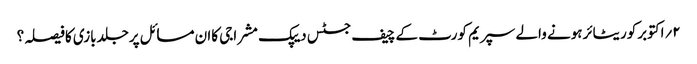
۲؍اکتوبرکوریٹائرہونے والے سپریم کورٹ کے چیف جسٹس دیپک مشراجی کاان مسائل پرجلدبازی کافیصلہ؟